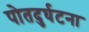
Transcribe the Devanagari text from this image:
पोतदुर्घटना